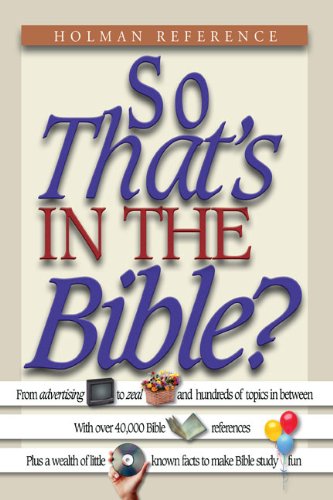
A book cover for So That's in the Bible?; Christian Books & Bibles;